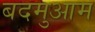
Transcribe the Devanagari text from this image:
बदमुआम